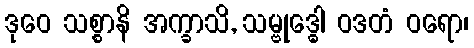
ဒုဝေ သစ္စာနိ အက္ခာသိ, သမ္ဗုဒ္ဓေါ ဝဒတံ ဝရော၊